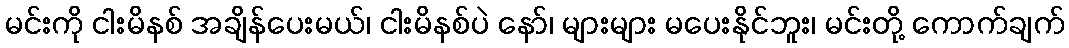
မင်းကို ငါးမိနစ် အချိန်ပေးမယ်၊ ငါးမိနစ်ပဲ နော်၊ များများ မပေးနိုင်ဘူး၊ မင်းတို့ ကောက်ချက်